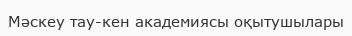
Мәскеу тау-кен академиясы оқытушылары